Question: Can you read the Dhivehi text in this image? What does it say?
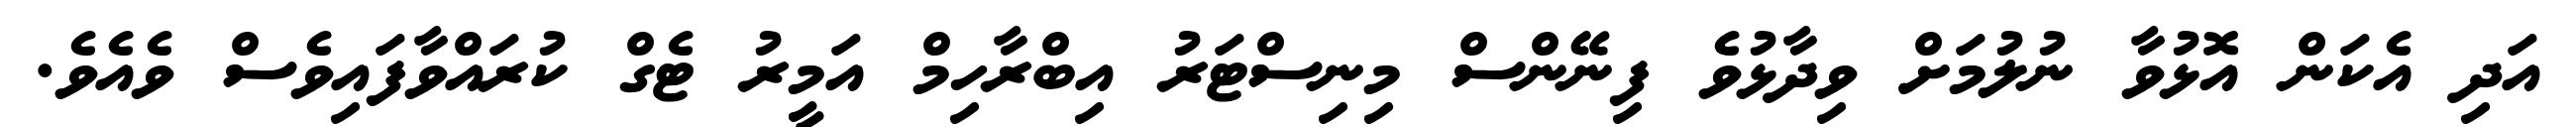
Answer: އަދި އެކަން އޮޅުވާ ނުލުމަށް ވިދާޅުވެ ފިނޭންސް މިނިސްޓަރު އިބްރާހިމް އަމީރު ޓެގް ކުރައްވާފައިވެސް ވެއެވެ.